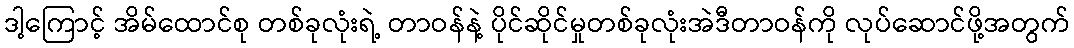
ဒါ့ကြောင့် အိမ်ထောင်စု တစ်ခုလုံးရဲ့ တာဝန်နဲ့ ပိုင်ဆိုင်မှုတစ်ခုလုံးအဲဒီတာဝန်ကို လုပ်ဆောင်ဖို့အတွက်